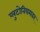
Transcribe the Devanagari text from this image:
प्लुटोनियमवर